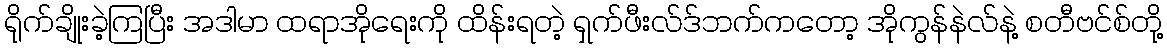
ရိုက်ချိုးခဲ့ကြပြီး အဒါမာ ထရာအိုရေးကို ထိန်းရတဲ့ ရှက်ဖီးလ်ဒ်ဘက်ကတော့ အိုကွန်နဲလ်နဲ့ စတီဗင်စ်တို့